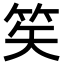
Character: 笶